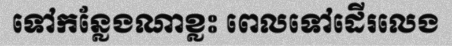
ទៅកន្លែងណាខ្លះ ពេលទៅដើរលេង